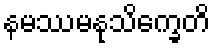
နမဿမနုသိက္ခေတိ